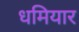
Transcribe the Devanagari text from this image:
धमियार